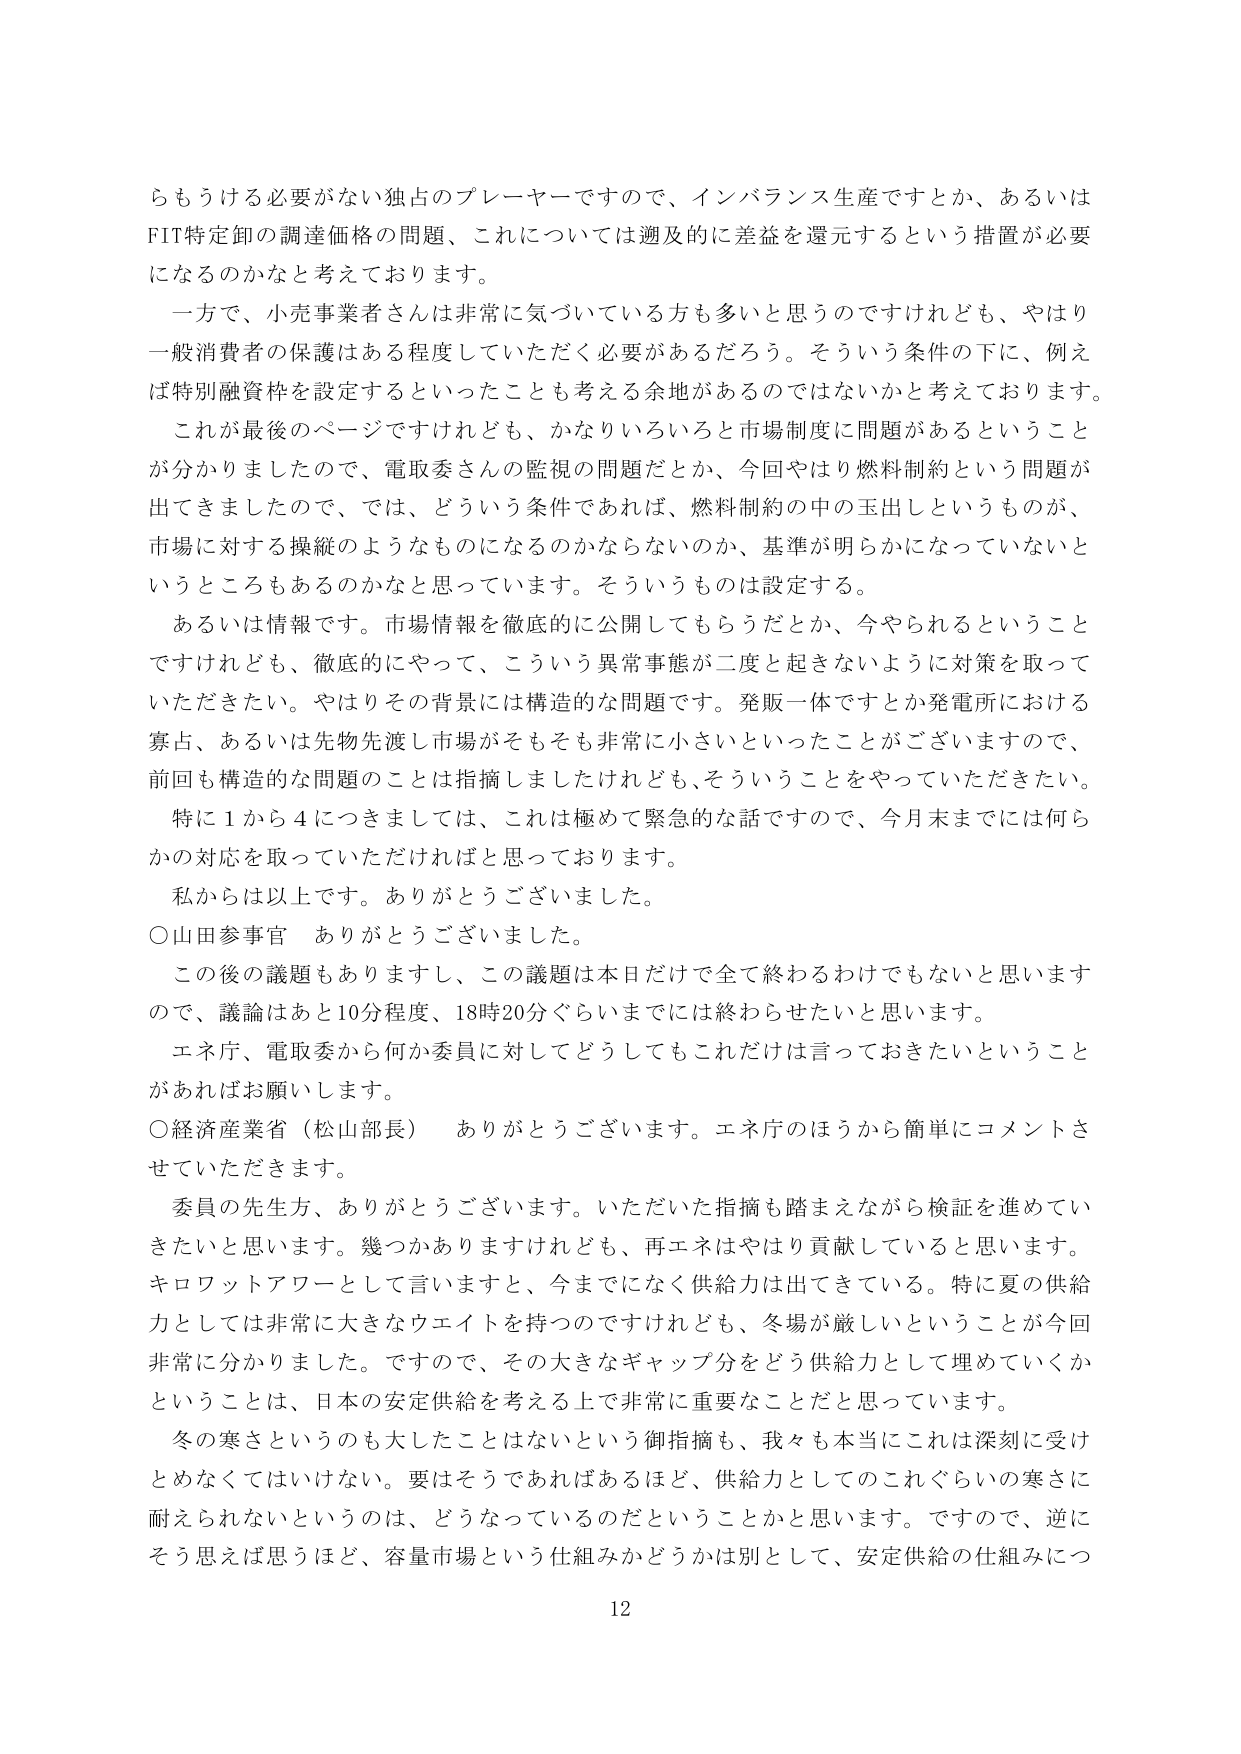
らもうける必要がない独占のプレーヤーですので、インバランス生産ですとか、あるいはFIT特定卸の調達価格の問題、これについては遡及的に差益を還元するという措置が必要になるのかなと考えております。

一方で、小売事業者さんは非常に気づいている方も多いと思うのですけれども、やはり一般消費者の保護はある程度していただく必要があるだろう。そういう条件の下に、例えば特別融資枠を設定するといったことも考える余地があるのではないかと考えております。

これが最後のページですけれども、かなりいろいろと市場制度に問題があるということが分かりましたので、電取委さんの監視の問題だとか、今回やはり燃料制約という問題が出てきましたので、では、どういう条件であれば、燃料制約の中の玉出しというものが、市場に対する操縦のようなものになるのかならないのか、基準が明らかになっていないというところもあるのかなと思っています。そういうものは設定する。

あるいは情報です。市場情報を徹底的に公開してもらうだとか、今やられるということですけれども、徹底的にやって、こういう異常事態が二度と起きないように対策を取っていただきたい。やはりその背景には構造的な問題です。発販一体ですとか発電所における寡占、あるいは先物先渡し市場がそもそも非常に小さいといったことがございますので、前回も構造的な問題のことは指摘しましたけれども、そういうことをやっていただきたい。

特に１から４につきましては、これは極めて緊急的な話ですので、今月末までには何らかの対応を取っていただければと思っております。

私からは以上です。ありがとうございました。

○山田参事官　ありがとうございました。

この後の議題もありますし、この議題は本日だけで全て終わるわけでもないと思いますので、議論はあと10分程度、18時20分ぐらいまでには終わらせたいと思います。

エネ庁、電取委から何か委員に対してどうしてもこれだけは言っておきたいということがあればお願いします。

○経済産業省（松山部長）　ありがとうございます。エネ庁のほうから簡単にコメントさせていただきます。

委員の先生方、ありがとうございます。いただいた指摘も踏まえながら検証を進めていきたいと思います。幾つかありますけれども、再エネはやはり貢献していると思います。キロワットアワーとして言いますと、今までになく供給力は出てきている。特に夏の供給力としては非常に大きなウエイトを持つのですけれども、冬場が厳しいということが今回非常に分かりました。ですので、その大きなギャップ分をどう供給力として埋めていくかということは、日本の安定供給を考える上で非常に重要なことだと思っています。

冬の寒さというのも大したことはないという御指摘も、我々も本当にこれは深刻に受けとめなくてはいけない。要はそうであればあるほど、供給力としてのこれぐらいの寒さに耐えられないというのは、どうなっているのだということかと思います。ですので、逆にそう思えば思うほど、容量市場という仕組みかどうかは別として、安定供給の仕組みにつ

12